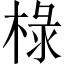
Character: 椂